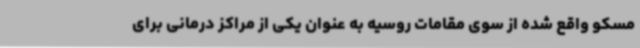
مسکو واقع شده از سوی مقامات روسیه به عنوان یکی از مراکز درمانی برای